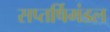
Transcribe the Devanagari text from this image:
सप्तर्षिमंडल